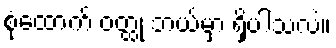
စုံထောက် ဝတ္ထု ဘယ်မှာ ရှိပါသလဲ။